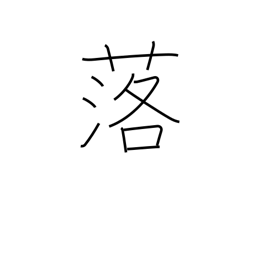
Meaning: come down